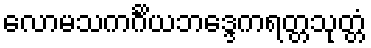
လောမသကင်္ဂိယဘဒ္ဒေကရတ္တသုတ္တံ